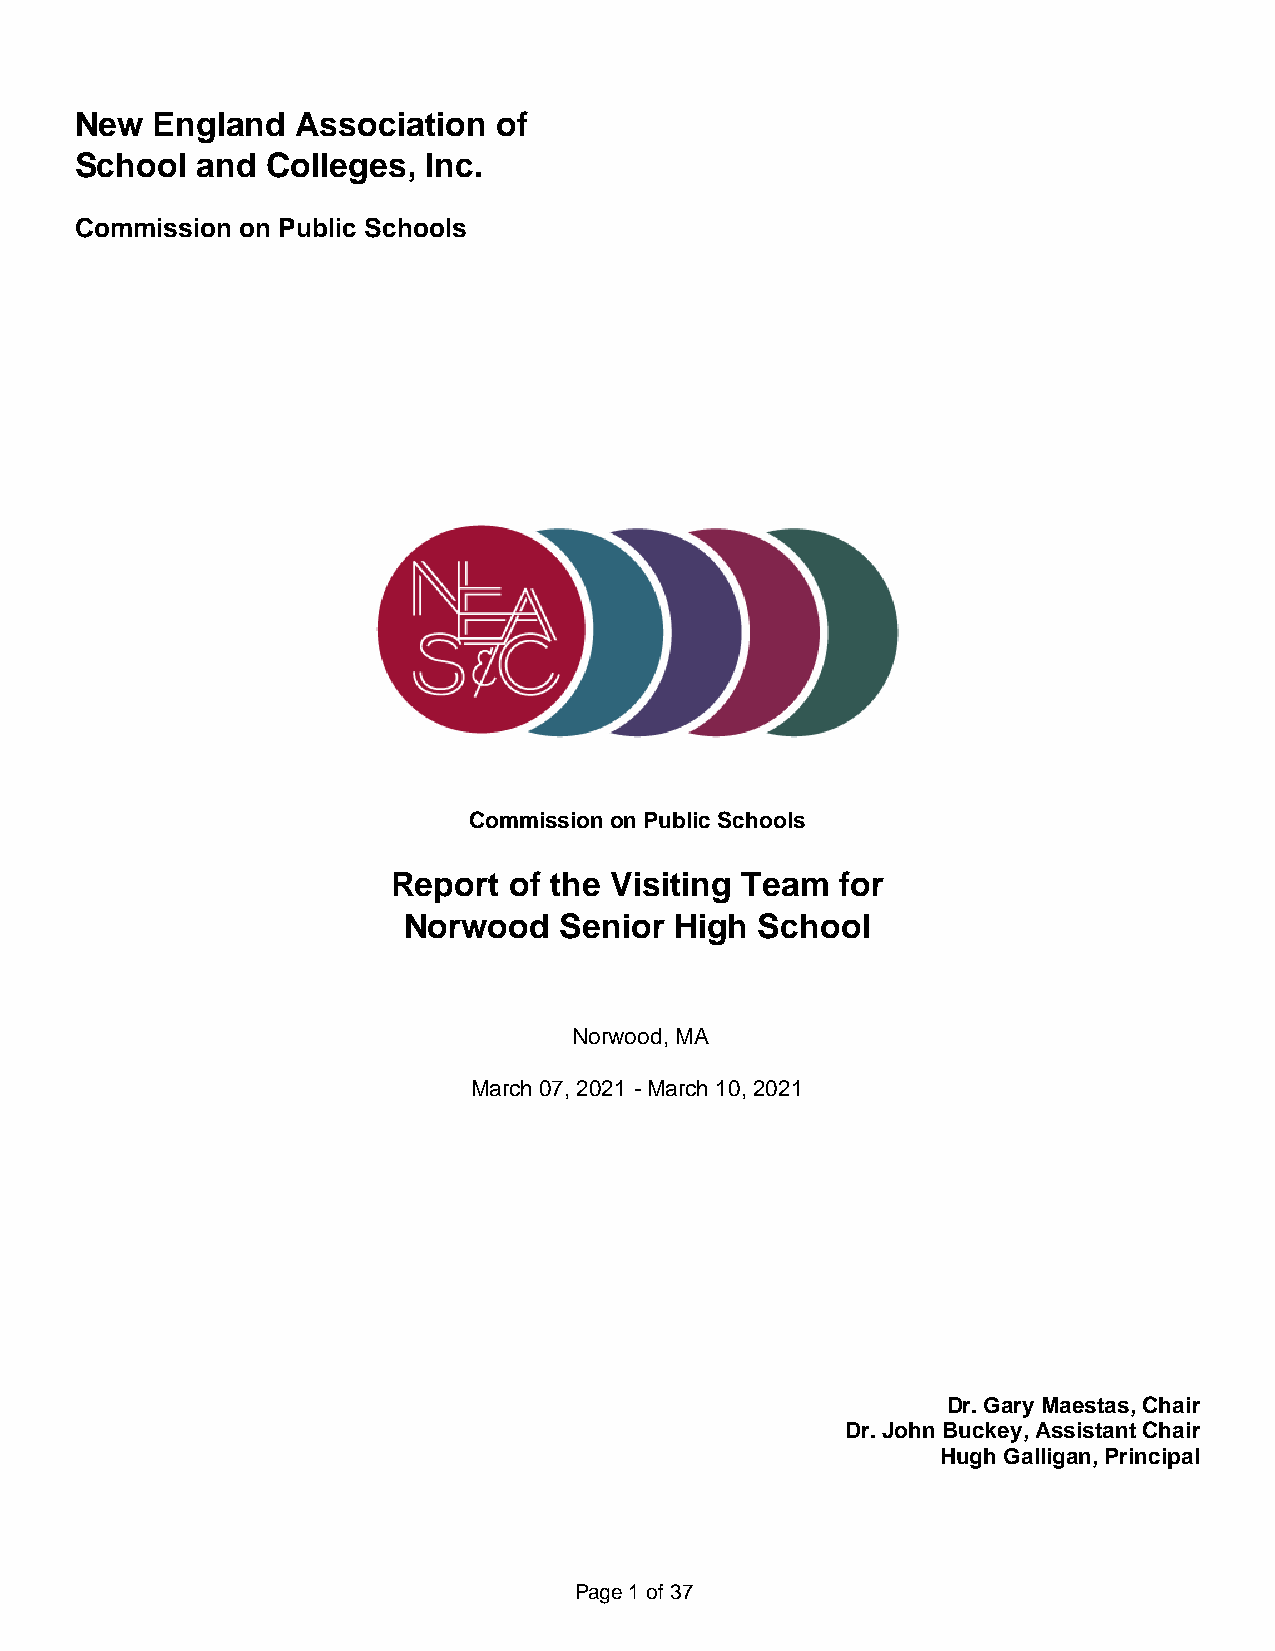
New  England   Association  of
 School  and  Colleges, Inc.
 Commission on Public Schools
 Commission on Public Schools
 Report  of the Visiting Team  for
 Norwood   Senior  High School
 Norwood, MA
 March 07, 2021 - March 10, 2021
 DDrr.. GGaarryy MMaaeessttaass,, CChhaaiirr
 DDrr.. JJoohhnn BBuucckkeeyy,, AAssssiissttaanntt CChhaaiirr
 HHuugghh GGaalllliiggaann,, PPrriinncciippaall
 Page 1 of 37